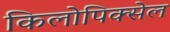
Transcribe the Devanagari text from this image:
किलोपिक्सेल